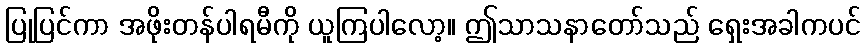
ပြုပြင်ကာ အဖိုးတန်ပါရမီကို ယူကြပါလော့။ ဤသာသနာတော်သည် ရှေးအခါကပင်